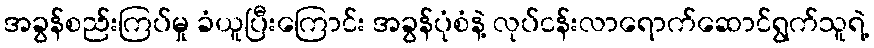
အခွန်စည်းကြပ်မှု ခံယူပြီးကြောင်း အခွန်ပုံစံနဲ့ လုပ်ငန်းလာရောက်ဆောင်ရွက်သူရဲ့